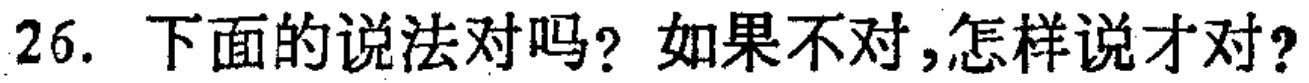
26. 下面的说法对吗？如果不对，怎样说才对？